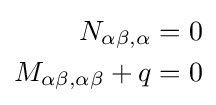
{\begin{aligned}N_{\alpha \beta ,\alpha }&=0\\M_{\alpha \beta ,\alpha \beta }+q&=0\end{aligned}}